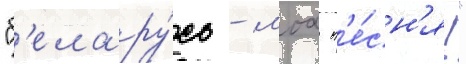
"б'елару́сь - моа п'е́сн'я!"